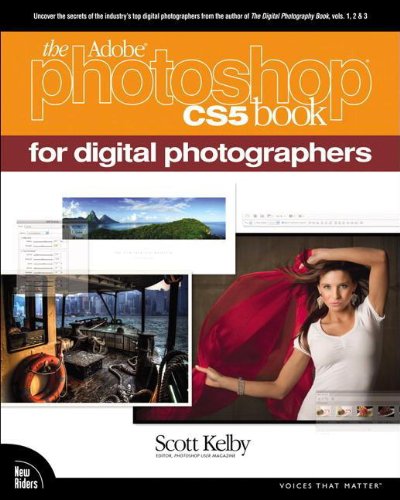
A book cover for The Adobe Photoshop CS5 Book for Digital Photographers (Voices That Matter); Scott Kelby; Computers & Technology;